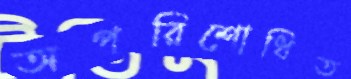
অপরিশোধিত